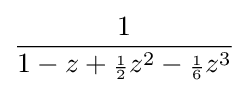
{\frac {1}{1-z+{\scriptstyle {\frac {1}{2}}}z^{2}-{\scriptstyle {\frac {1}{6}}}z^{3}}}